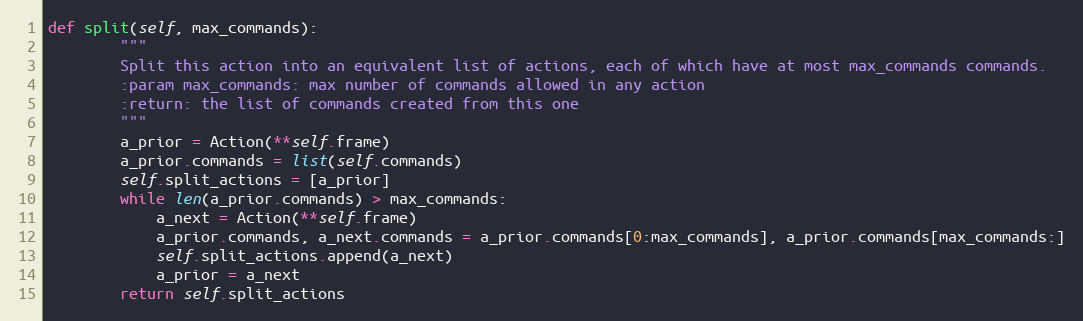
Language: Python
def split(self, max_commands):
        """
        Split this action into an equivalent list of actions, each of which have at most max_commands commands.
        :param max_commands: max number of commands allowed in any action
        :return: the list of commands created from this one
        """
        a_prior = Action(**self.frame)
        a_prior.commands = list(self.commands)
        self.split_actions = [a_prior]
        while len(a_prior.commands) > max_commands:
            a_next = Action(**self.frame)
            a_prior.commands, a_next.commands = a_prior.commands[0:max_commands], a_prior.commands[max_commands:]
            self.split_actions.append(a_next)
            a_prior = a_next
        return self.split_actions